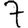
Digit: 7